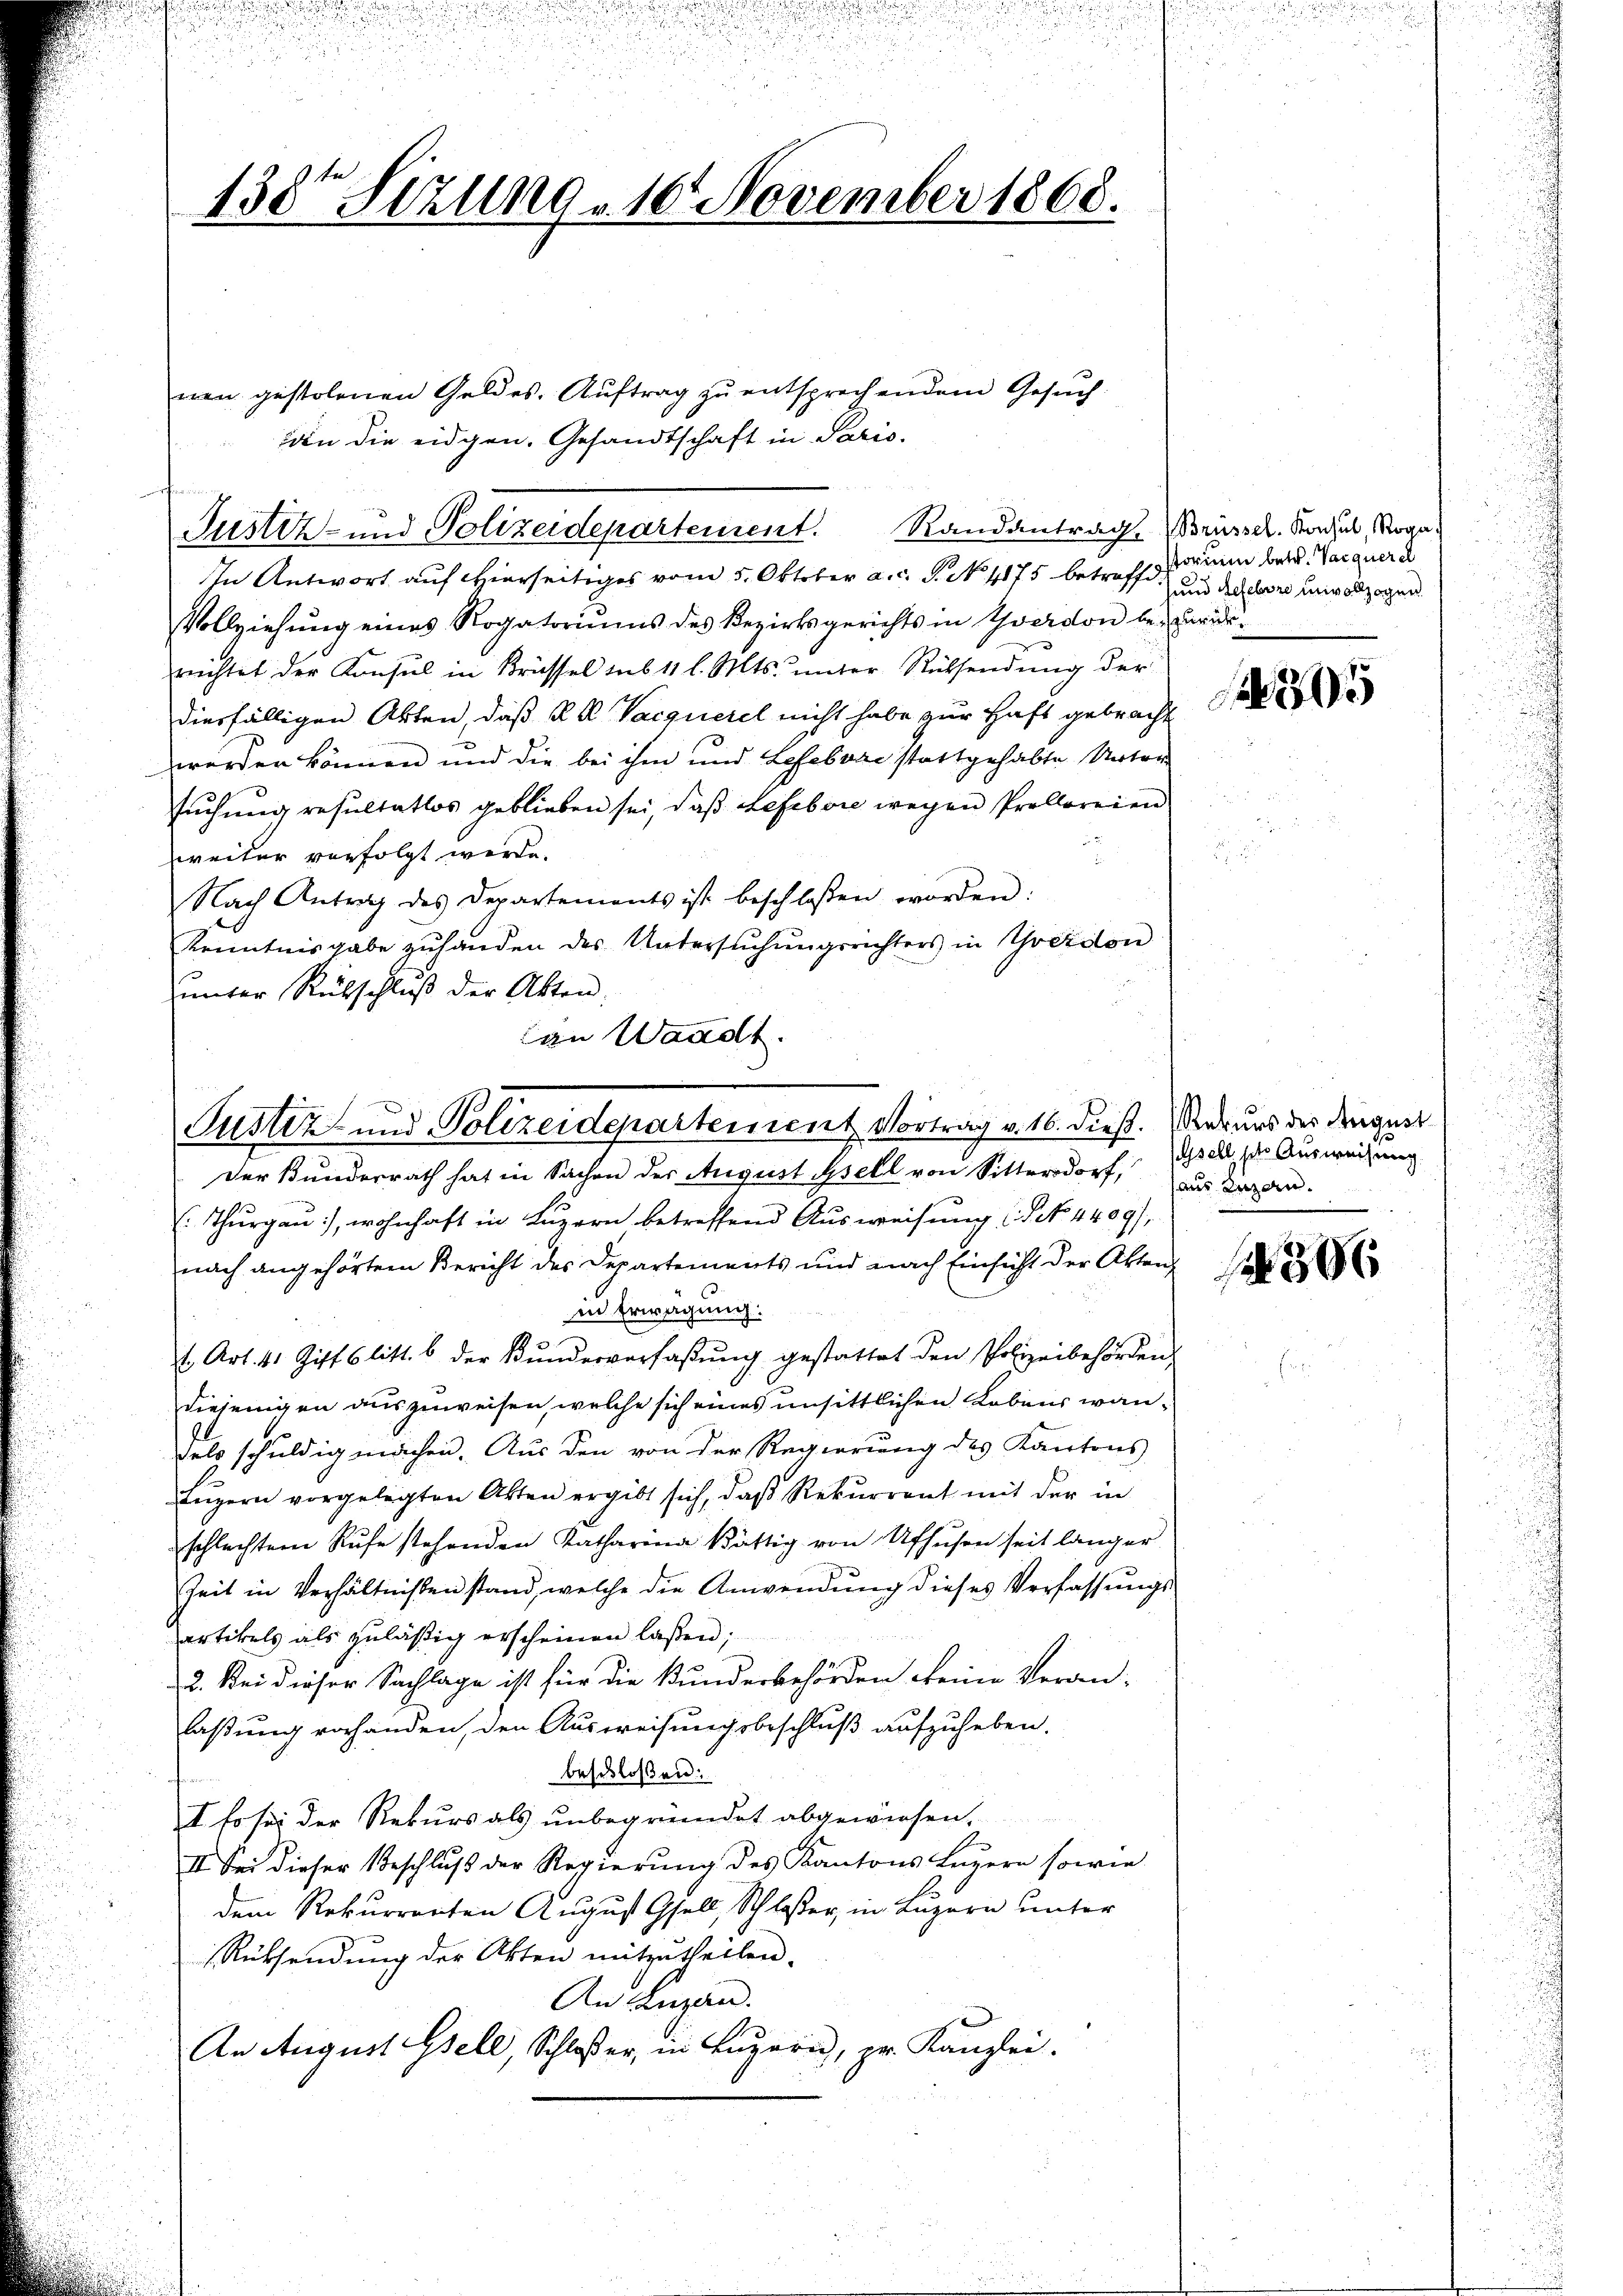
138ten Sizung 10. November 1868.

In Antwort auf Hierseitiges vom 5. Oktober a. c. S. No. 4175 betreffd.
Vollziehŭng eines Rogatoriŭms des Bezirksgerichts in Yverdon bei zurückrichtet der Konsul in Brüssel sub 11 l. Mts. unter Rücksendung der
diesfälligen Akten, daß k k Vacquerel nicht habe zur Haft gebracht
werden können und die bei ihm und Lesebvae stattgehabte Unter
suchung resultatlos geblieben sei, daß Refebore wegen Prolloreien
weiter verfolgt werde.
Nach Antrag des Departements ist beschlossen worden:
Kenntnisgabe zuhanden des Untersŭchŭngsrichters in Treidon
ŭnter Rückschlŭβ der Akten,
an Waadt.

orfen ge

nen gestolenen Geldes, Auftrag zu entsprechendem Gesuch
iden die eidgen. Gesandtschaft in Paris.
Justiz- und Polizeidepartement. Randantrag, Brüssel. Sachel, Roga

Der Bunderrath hat in Sachen der August sell von Sittersdorf, das Japan-
Thŭrgaŭ), wohnhaft in Lŭzern betreffend Aŭsweisung (T. 4409/
nach angehörtem Bericht des Departements und nach Einsicht der Akten
in Erwägung:
t. Art. 41 Ziffslitt. b der Bŭndesverfaβŭng gestattet den Polizeibehörden
diejenigen auszuweisen, welche sich eines unsittlichen Lebenswandels schuldig machen. Aus den von der Regierung des Kantons
Luzern vorgelegten Akten ergibt sich, daß Rekurrent mit der in
schlechtem Rufe stehenden Katharina Kättig von Ufhŭsen seit länger
Zeit in Verhältnissen stand, welche die Anwendung dieses Verfassŭngs-
artikels als zuläßig erscheinen laßen;
2. Bei dieser Sachlage ist für die Bunderbehörden keine Veran-
laßung vorhanden, den Ausweisungsbeschluß aufzuheben.
beschloßen:
I so sei der Rekurs als unbegründet abgewiesen,
II. Sei dieser Beschluß der Regierung des Kantons Luzern sowie
dem Rekurrenten August Gfell, Schloßer, in Luzern unter
Rüksendung der Akten mitzutheilen.
An Luzern.
An August Gsele, Schloßer, in Luzern, pr. Kanzlei.

Justiz- und Polizeidepartement Vortrag v. 16. dieß. Rekurs der Dingest

storium betr. Varquerel
sund Refebore unvollzogen.

1

295

Gsell sehr Ausweisung

306